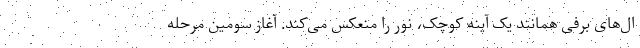
ال‌های برفی همانند یک آینه کوچک، نور را منعکس می‌کند. آغاز سومین مرحله